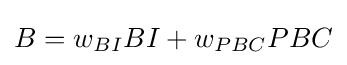
B=w_{BI}BI+w_{PBC}PBC